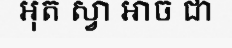
អុត ស្វា អាច ជា